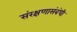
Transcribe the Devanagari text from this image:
संरक्षणासंबंधी